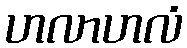
ဟလာဟလံ